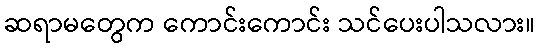
ဆရာမတွေက ကောင်းကောင်း သင်ပေးပါသလား။